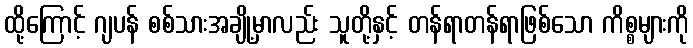
ထို့ကြောင့် ဂျပန် စစ်သားအချို့မှာလည်း သူတို့နှင့် တန်ရာတန်ရာဖြစ်သော ကိစ္စများကို